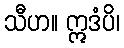
သီဟ။ ဣဒံပိ၊